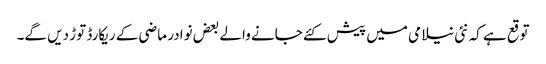
توقع ہے کہ نئی نیلامی میں پیش کئے جانے والے بعض نوادر ماضی کے ریکارڈ توڑ دیں گے۔